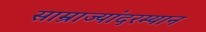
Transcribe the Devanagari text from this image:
साम्राज्यांदरम्यान